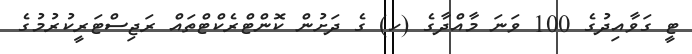
ޓީ ގަވާއިދުގެ 100 ވަނަ މާއްދާގެ (ހ) ގެ ދަށުން ކޮންޓްރެކްޓްތައް ރަޖިސްޓަރީކުރުމުގެ